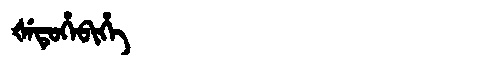
Manchu: ᡧᡝᡨᡠᡥᡝᠪᡳᡥᡝ
Romanization: ŠETUHEBIHE